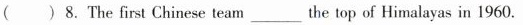
()8.The first Chinese team ___ the top of Himalayas in 1960.